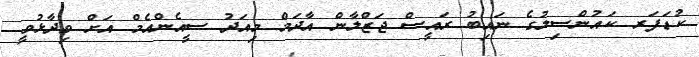
ކުޑަފަރ ކައުންސިލުގެ ނައިބު ރައީސް ޖަޒްލާން އާދަމް މިއަދު ސީއެންއެމް އަށް ވިދާޅުވީ